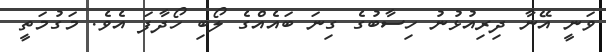
ވަނީ އޭނާ ދިރިއުޅުނު ހިސާބުގެ ގިނަ ބައެއްގެ ލޯބި ހޯދާފަ އެވެ. މަގުމަތީ